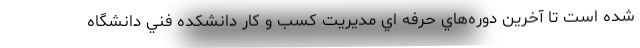
شده است تا آخرين دوره‌هاي حرفه اي مديريت كسب و كار دانشكده فني دانشگاه